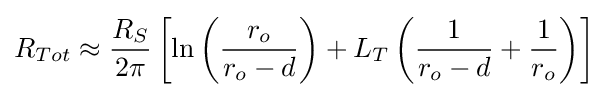
R_{Tot}\approx {\frac {R_{S}}{2\pi }}\left[\ln \left({\frac {r_{o}}{r_{o}-d}}\right)+L_{T}\left({\frac {1}{r_{o}-d}}+{\frac {1}{r_{o}}}\right)\right]